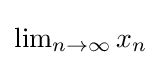
\textstyle \lim _{n\to \infty }x_{n}